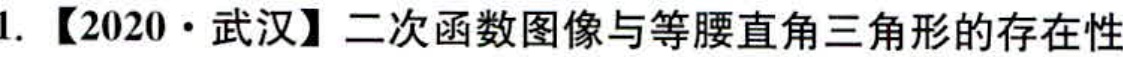
1. 【2020·武汉】二次函数图像与等腰直角三角形的存在性